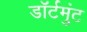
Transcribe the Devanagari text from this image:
डॉर्टमुंट